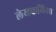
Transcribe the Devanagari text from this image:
लेखकलिसा